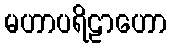
မဟာပရိဠာဟော